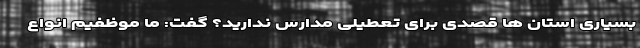
بسیاری استان ها قصدی برای تعطیلی مدارس ندارید؟ گفت: ما موظفیم انواع